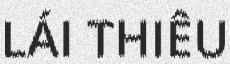
LÁI THIÊU